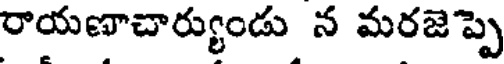
రాయణాచార్యుండు న మరజెప్పె